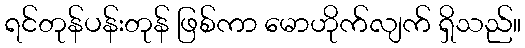
ရင်တုန်ပန်းတုန် ဖြစ်ကာ မောဟိုက်လျက် ရှိသည်။